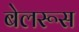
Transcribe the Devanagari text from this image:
बेलरूस